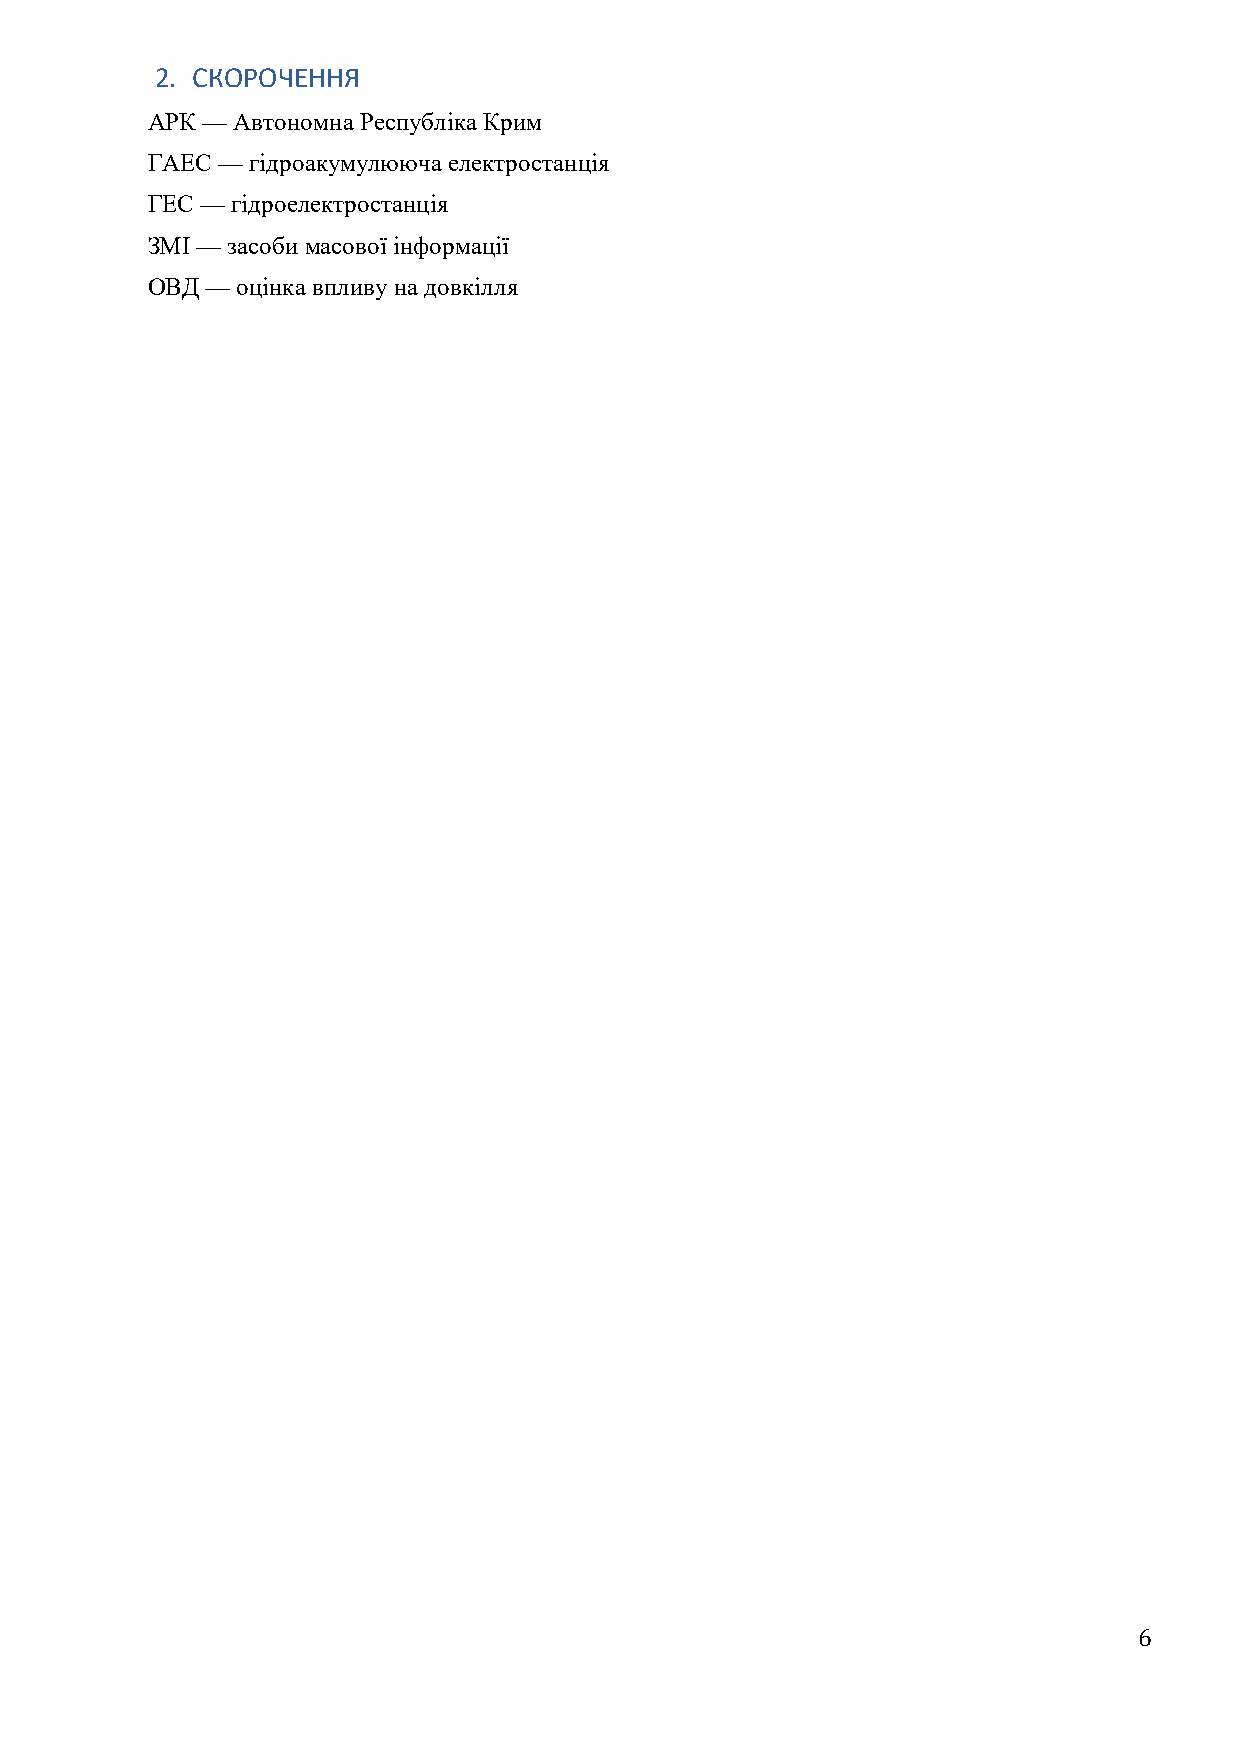
2. СКОРОЧЕННЯ
 АРК — Автономна Республіка Крим
 ГАЕС — гідроакумулююча електростанція
 ГЕС — гідроелектростанція
 ЗМІ — засоби масової інформації
 ОВД — оцінка впливу на довкілля
 6